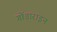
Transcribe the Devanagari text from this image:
गोंडाराइन